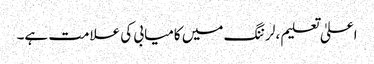
اعلیٰ تعلیم ، لرننگ میں کامیابی کی علامت ہے۔